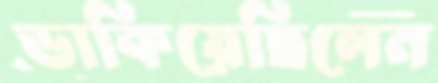
ডাকিয়েছিলেন